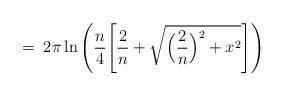
LaTeX: \begin{align*}= \;2\pi \ln \Bigg( \frac{n}{4} \Bigg[ \frac{2}{n}+ \sqrt{ \Big(\frac{2}{n}\Big)^2 + x^2} \Bigg] \Bigg)\end{align*}